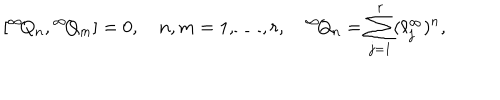
LaTeX: [ { } ^ { \infty } \! Q _ { n } , { } ^ { \infty } \! Q _ { m } ] = 0 , \quad n , m = 1 , \ldots , r , \quad { } ^ { \infty } \! Q _ { n } = \sum _ { j = 1 } ^ { r } ( \ell _ { j } ^ { \infty } ) ^ { n } ,